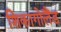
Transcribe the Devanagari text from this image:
शिकागोलैंड